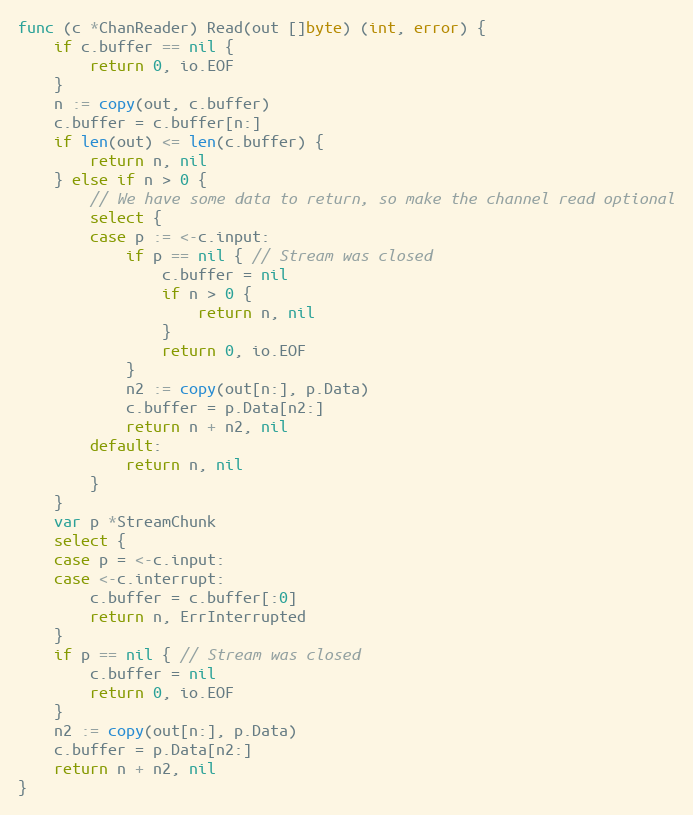
Language: Go
func (c *ChanReader) Read(out []byte) (int, error) {
	if c.buffer == nil {
		return 0, io.EOF
	}
	n := copy(out, c.buffer)
	c.buffer = c.buffer[n:]
	if len(out) <= len(c.buffer) {
		return n, nil
	} else if n > 0 {
		// We have some data to return, so make the channel read optional
		select {
		case p := <-c.input:
			if p == nil { // Stream was closed
				c.buffer = nil
				if n > 0 {
					return n, nil
				}
				return 0, io.EOF
			}
			n2 := copy(out[n:], p.Data)
			c.buffer = p.Data[n2:]
			return n + n2, nil
		default:
			return n, nil
		}
	}
	var p *StreamChunk
	select {
	case p = <-c.input:
	case <-c.interrupt:
		c.buffer = c.buffer[:0]
		return n, ErrInterrupted
	}
	if p == nil { // Stream was closed
		c.buffer = nil
		return 0, io.EOF
	}
	n2 := copy(out[n:], p.Data)
	c.buffer = p.Data[n2:]
	return n + n2, nil
}